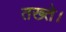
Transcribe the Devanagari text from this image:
तख्ते।